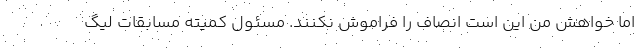
اما خواهش من این است انصاف را فراموش نکنند. مسئول کمیته مسابقات لیگ